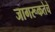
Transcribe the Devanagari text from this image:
जागरूकतेचे